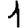
Digit: 1